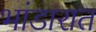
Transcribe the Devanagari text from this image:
भांडारात